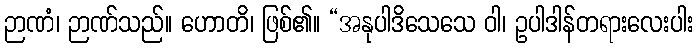
ဉာဏံ၊ ဉာဏ်သည်။ ဟောတိ၊ ဖြစ်၏။ “အနုပါဒိသေသေ ဝါ၊ ဥပါဒါန်တရားလေးပါး